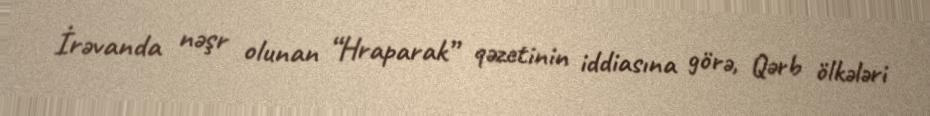
İrəvanda nəşr olunan “Hraparak” qəzetinin iddiasına görə, Qərb ölkələri